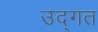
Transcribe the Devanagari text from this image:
उद्गत